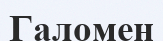
Галомен